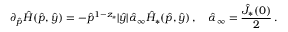
\partial _ { \hat { p } } \hat { H } ( \hat { p } , \hat { y } ) = - \hat { p } ^ { 1 - z _ { * } } | \hat { y } | \hat { \alpha } _ { \infty } \hat { H } _ { * } ( \hat { p } , \hat { y } ) \, , \quad \hat { \alpha } _ { \infty } = \frac { \hat { J } _ { * } ( 0 ) } { 2 } \, .